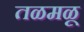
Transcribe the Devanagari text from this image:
तळमळू